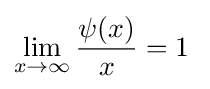
\lim _{x\to \infty }{\frac {\psi (x)}{x}}=1\;